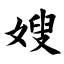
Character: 嫂